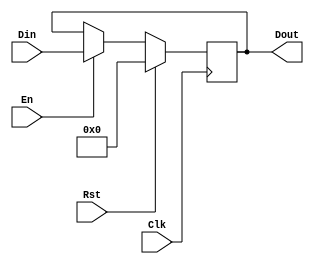
`timescale 1ns / 1ps
//////////////////////////////////////////////////////////////////////////////////
// Company: 
// Engineer: 
// 
// Design Name: 
// Module Name: Register
// Project Name: 
// Target Devices: 
// Tool Versions: 
// Description: 
// 
// Dependencies: 
// 
// Revision:
// Revision 0.01 - File Created
// Additional Comments:
// 
//////////////////////////////////////////////////////////////////////////////////


module Register#(parameter DW = 5)
          (input Clk, Rst, En,
          input [DW-1:0] Din,
          output reg [DW-1:0]Dout);

always @( posedge Clk) 
    begin
        if (Rst) Dout <= 0;
        else begin
            if (!En) Dout <= Dout;
            else Dout <= Din;
        end       
                     
    end       
          
endmodule